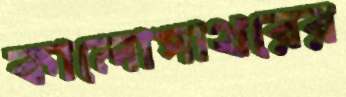
কালোপাথরের